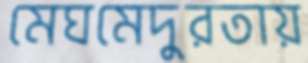
মেঘমেদুরতায়